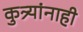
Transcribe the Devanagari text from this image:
कुत्र्यांनाही